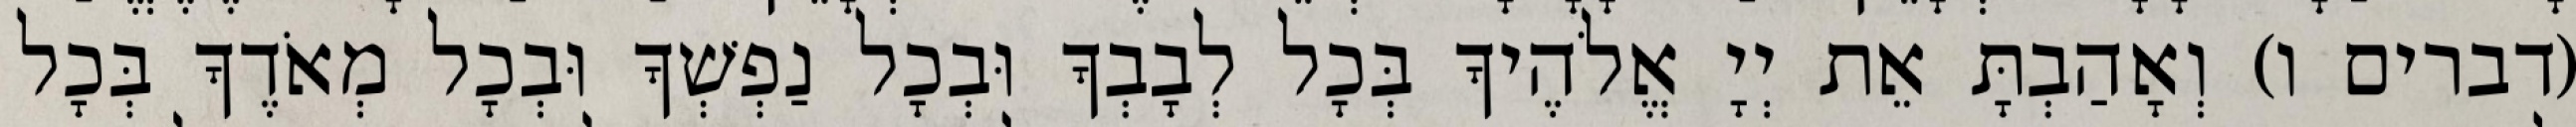
(דברים ו) וְאָהַבְתָּ אֵת יְיָ אֱלֹהֶיךָ בְּכָל לְבָבְךָ וּבְכָל נַפְשְׁךָ וּבְכָל מְאֹדֶךָ בְּכָל